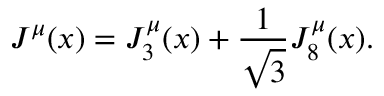
J ^ { \mu } ( x ) = J _ { 3 } ^ { \mu } ( x ) + { \frac { 1 } { \sqrt { 3 } } } J _ { 8 } ^ { \mu } ( x ) .